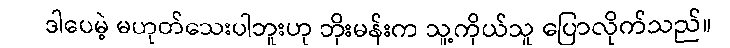
ဒါပေမဲ့ မဟုတ်သေးပါဘူးဟု ဘိုးမန်းက သူ့ကိုယ်သူ ပြောလိုက်သည်။